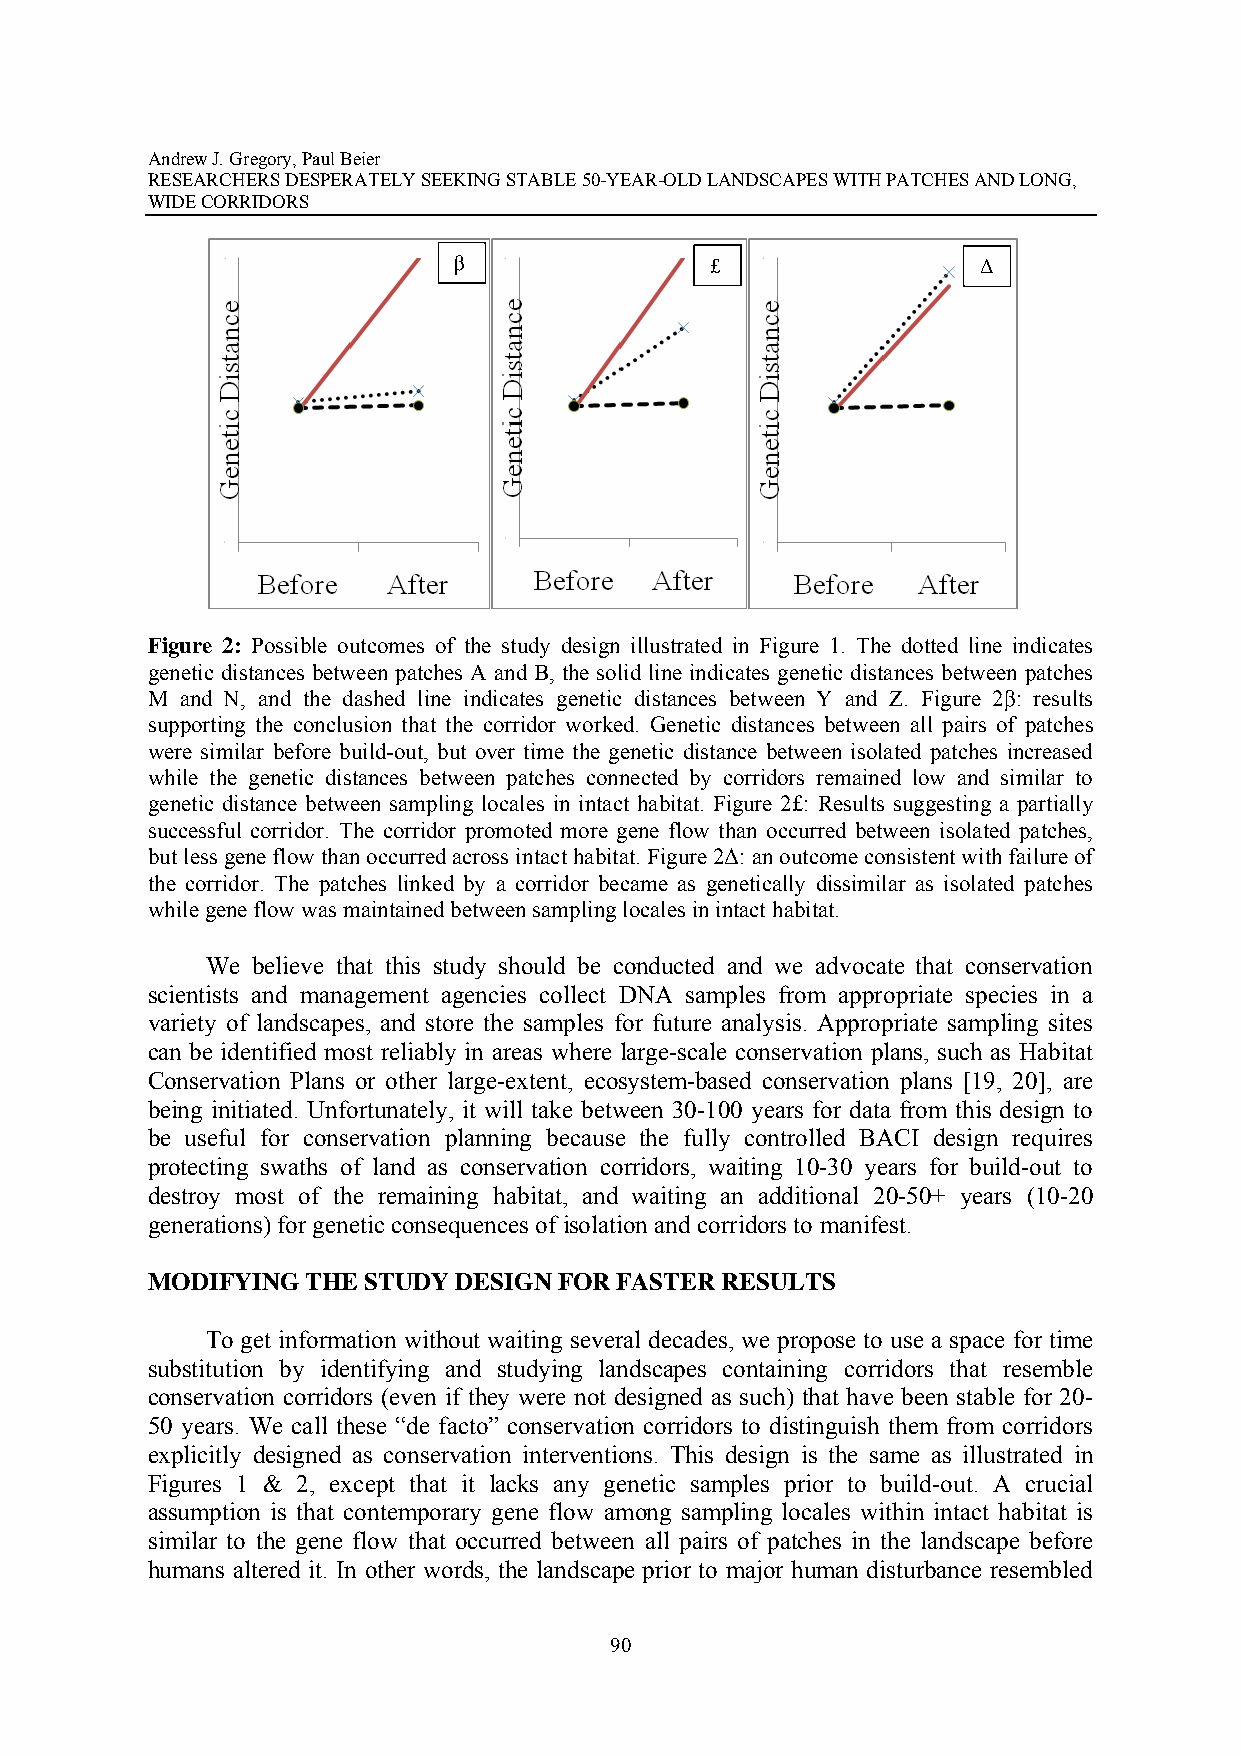
Andrew J. Gregory, Paul Beier
 RESEARCHERS DESPERATELY SEEKING STABLE 50-YEAR-OLD LANDSCAPES WITH PATCHES AND LONG,
 WIDE CORRIDORS
 β                £                 Δ
 Figure 2: Possible outcomes of the study design illustrated in Figure 1. The dotted line indicates
 genetic distances between patches A and B, the solid line indicates genetic distances between patches
 M and N, and the dashed line indicates genetic distances between Y and Z. Figure 2β: results
 supporting the conclusion that the corridor worked. Genetic distances between all pairs of patches
 were similar before build-out, but over time the genetic distance between isolated patches increased
 while the genetic distances between patches connected by corridors remained low and similar to
 genetic distance between sampling locales in intact habitat. Figure 2£: Results suggesting a partially
 successful corridor. The corridor promoted more gene flow than occurred between isolated patches,
 but less gene flow than occurred across intact habitat. Figure 2Δ: an outcome consistent with failure of
 the corridor. The patches linked by a corridor became as genetically dissimilar as isolated patches
 while gene flow was maintained between sampling locales in intact habitat.
 We believe that this study should be conducted and we advocate that conservation
 scientists and management agencies collect DNA samples from appropriate species in a
 variety of landscapes, and store the samples for future analysis. Appropriate sampling sites
 can be identified most reliably in areas where large-scale conservation plans, such as Habitat
 Conservation Plans or other large-extent, ecosystem-based conservation plans [19, 20], are
 being initiated. Unfortunately, it will take between 30-100 years for data from this design to
 be useful for conservation planning because the fully controlled BACI design requires
 protecting swaths of land as conservation corridors, waiting 10-30 years for build-out to
 destroy most of the remaining habitat, and waiting an additional 20-50+ years (10-20
 generations) for genetic consequences of isolation and corridors to manifest.
 MODIFYING THE STUDY DESIGN FOR FASTER RESULTS
 To get information without waiting several decades, we propose to use a space for time
 substitution by identifying and studying landscapes containing corridors that resemble
 conservation corridors (even if they were not designed as such) that have been stable for 20-
 50 years. We call these “de facto” conservation corridors to distinguish them from corridors
 explicitly designed as conservation interventions. This design is the same as illustrated in
 Figures 1 & 2, except that it lacks any genetic samples prior to build-out. A crucial
 assumption is that contemporary gene flow among sampling locales within intact habitat is
 similar to the gene flow that occurred between all pairs of patches in the landscape before
 humans altered it. In other words, the landscape prior to major human disturbance resembled
 90